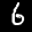
Label: 6